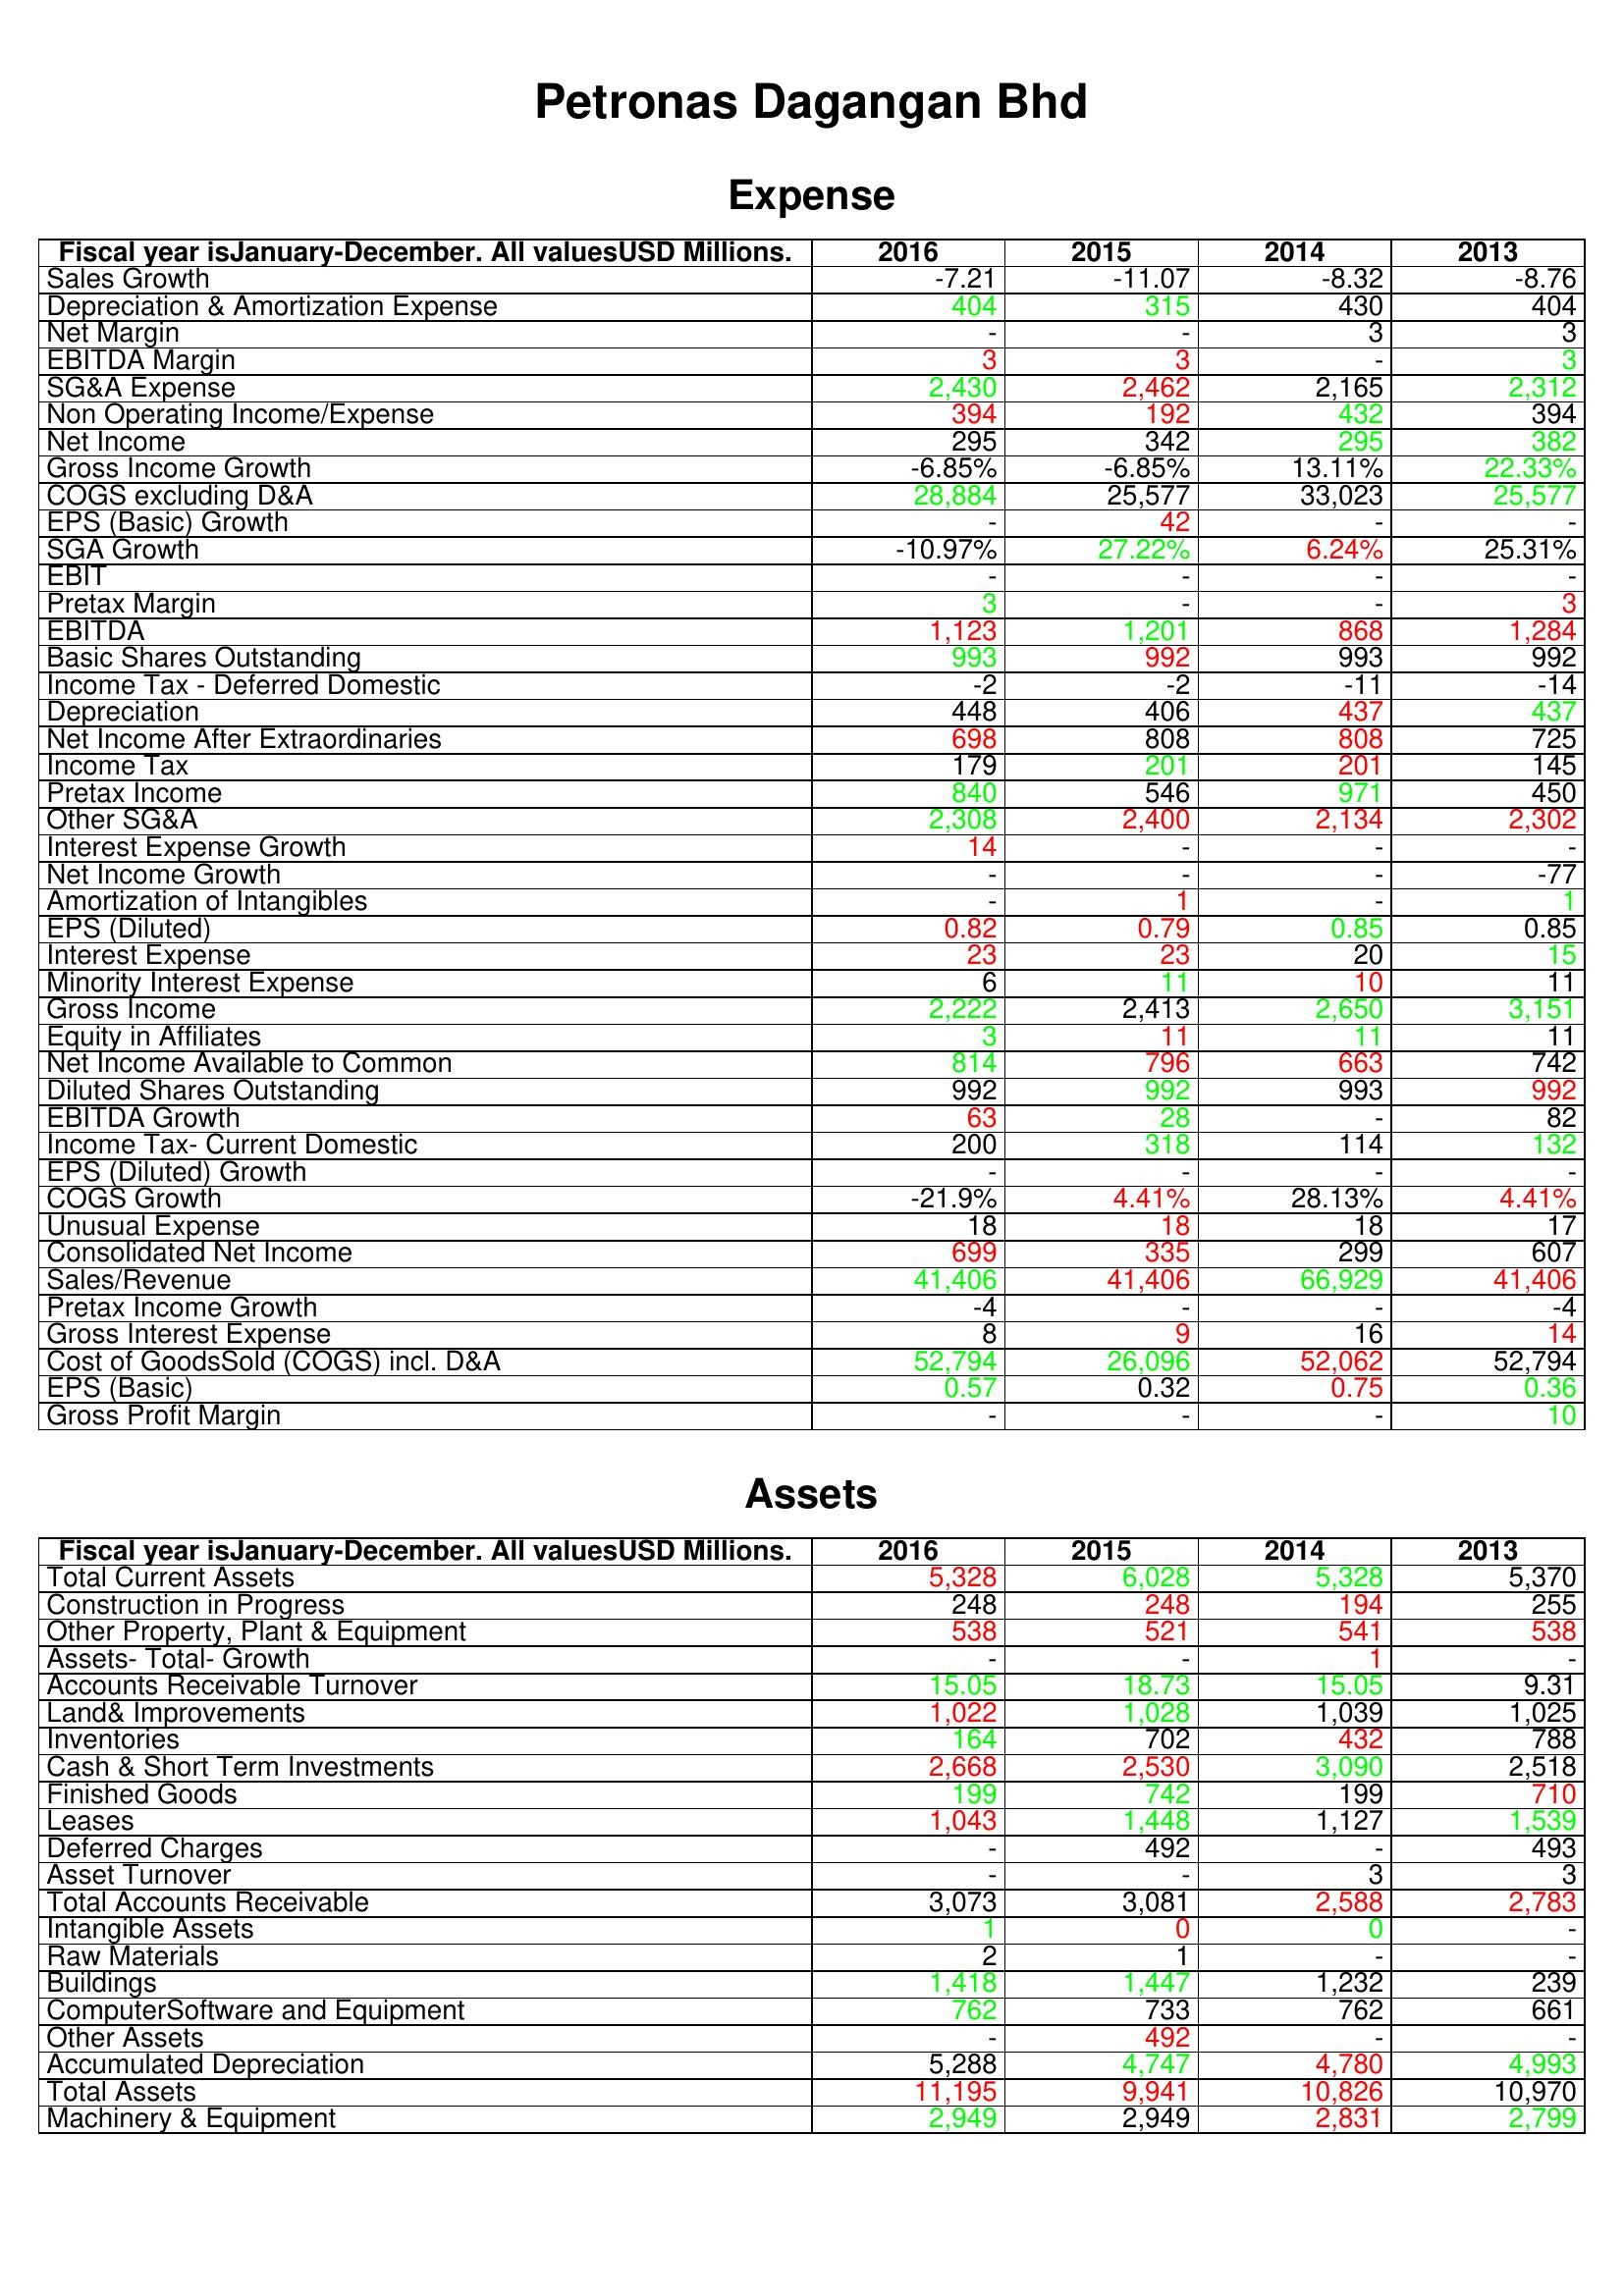
gt_parse: 2016: Expense: Sales Growth: -7.21
Depreciation & Amortization Expense: 404
Net Margin: -
EBITDA Margin: 3
SG&A Expense: 2,430
Non Operating Income/Expense: 394
Net Income: 295
Gross Income Growth: -6.85%
COGS excluding D&A: 28,884
EPS (Basic) Growth: -
SGA Growth: -10.97%
EBIT: -
Pretax Margin: 3
EBITDA: 1,123
Basic Shares Outstanding: 993
Income Tax - Deferred Domestic: -2
Depreciation: 448
Net Income After Extraordinaries: 698
Income Tax: 179
Pretax Income: 840
Other SG&A: 2,308
Interest Expense Growth: 14
Net Income Growth: -
Amortization of Intangibles: -
EPS (Diluted): 0.82
Interest Expense: 23
Minority Interest Expense: 6
Gross Income: 2,222
Equity in Affiliates: 3
Net Income Available to Common: 814
Diluted Shares Outstanding: 992
EBITDA Growth: 63
Income Tax- Current Domestic: 200
EPS (Diluted) Growth: -
COGS Growth: -21.9%
Unusual Expense: 18
Consolidated Net Income: 699
Sales/Revenue: 41,406
Pretax Income Growth: -4
Gross Interest Expense: 8
Cost of GoodsSold (COGS) incl. D&A: 52,794
EPS (Basic): 0.57
Gross Profit Margin: -
Assets: Total Current Assets: 5,328
Construction in Progress: 248
Other Property, Plant & Equipment: 538
Assets- Total- Growth: -
Accounts Receivable Turnover: 15.05
Land& Improvements: 1,022
Inventories: 164
Cash & Short Term Investments: 2,668
Finished Goods: 199
Leases: 1,043
Deferred Charges: -
Asset Turnover: -
Total Accounts Receivable: 3,073
Intangible Assets: 1
Raw Materials: 2
Buildings: 1,418
ComputerSoftware and Equipment: 762
Other Assets: -
Accumulated Depreciation: 5,288
Total Assets: 11,195
Machinery & Equipment: 2,949
2015: Expense: Sales Growth: -11.07
Depreciation & Amortization Expense: 315
Net Margin: -
EBITDA Margin: 3
SG&A Expense: 2,462
Non Operating Income/Expense: 192
Net Income: 342
Gross Income Growth: -6.85%
COGS excluding D&A: 25,577
EPS (Basic) Growth: 42
SGA Growth: 27.22%
EBIT: -
Pretax Margin: -
EBITDA: 1,201
Basic Shares Outstanding: 992
Income Tax - Deferred Domestic: -2
Depreciation: 406
Net Income After Extraordinaries: 808
Income Tax: 201
Pretax Income: 546
Other SG&A: 2,400
Interest Expense Growth: -
Net Income Growth: -
Amortization of Intangibles: 1
EPS (Diluted): 0.79
Interest Expense: 23
Minority Interest Expense: 11
Gross Income: 2,413
Equity in Affiliates: 11
Net Income Available to Common: 796
Diluted Shares Outstanding: 992
EBITDA Growth: 28
Income Tax- Current Domestic: 318
EPS (Diluted) Growth: -
COGS Growth: 4.41%
Unusual Expense: 18
Consolidated Net Income: 335
Sales/Revenue: 41,406
Pretax Income Growth: -
Gross Interest Expense: 9
Cost of GoodsSold (COGS) incl. D&A: 26,096
EPS (Basic): 0.32
Gross Profit Margin: -
Assets: Total Current Assets: 6,028
Construction in Progress: 248
Other Property, Plant & Equipment: 521
Assets- Total- Growth: -
Accounts Receivable Turnover: 18.73
Land& Improvements: 1,028
Inventories: 702
Cash & Short Term Investments: 2,530
Finished Goods: 742
Leases: 1,448
Deferred Charges: 492
Asset Turnover: -
Total Accounts Receivable: 3,081
Intangible Assets: 0
Raw Materials: 1
Buildings: 1,447
ComputerSoftware and Equipment: 733
Other Assets: 492
Accumulated Depreciation: 4,747
Total Assets: 9,941
Machinery & Equipment: 2,949
2014: Expense: Sales Growth: -8.32
Depreciation & Amortization Expense: 430
Net Margin: 3
EBITDA Margin: -
SG&A Expense: 2,165
Non Operating Income/Expense: 432
Net Income: 295
Gross Income Growth: 13.11%
COGS excluding D&A: 33,023
EPS (Basic) Growth: -
SGA Growth: 6.24%
EBIT: -
Pretax Margin: -
EBITDA: 868
Basic Shares Outstanding: 993
Income Tax - Deferred Domestic: -11
Depreciation: 437
Net Income After Extraordinaries: 808
Income Tax: 201
Pretax Income: 971
Other SG&A: 2,134
Interest Expense Growth: -
Net Income Growth: -
Amortization of Intangibles: -
EPS (Diluted): 0.85
Interest Expense: 20
Minority Interest Expense: 10
Gross Income: 2,650
Equity in Affiliates: 11
Net Income Available to Common: 663
Diluted Shares Outstanding: 993
EBITDA Growth: -
Income Tax- Current Domestic: 114
EPS (Diluted) Growth: -
COGS Growth: 28.13%
Unusual Expense: 18
Consolidated Net Income: 299
Sales/Revenue: 66,929
Pretax Income Growth: -
Gross Interest Expense: 16
Cost of GoodsSold (COGS) incl. D&A: 52,062
EPS (Basic): 0.75
Gross Profit Margin: -
Assets: Total Current Assets: 5,328
Construction in Progress: 194
Other Property, Plant & Equipment: 541
Assets- Total- Growth: 1
Accounts Receivable Turnover: 15.05
Land& Improvements: 1,039
Inventories: 432
Cash & Short Term Investments: 3,090
Finished Goods: 199
Leases: 1,127
Deferred Charges: -
Asset Turnover: 3
Total Accounts Receivable: 2,588
Intangible Assets: 0
Raw Materials: -
Buildings: 1,232
ComputerSoftware and Equipment: 762
Other Assets: -
Accumulated Depreciation: 4,780
Total Assets: 10,826
Machinery & Equipment: 2,831
2013: Expense: Sales Growth: -8.76
Depreciation & Amortization Expense: 404
Net Margin: 3
EBITDA Margin: 3
SG&A Expense: 2,312
Non Operating Income/Expense: 394
Net Income: 382
Gross Income Growth: 22.33%
COGS excluding D&A: 25,577
EPS (Basic) Growth: -
SGA Growth: 25.31%
EBIT: -
Pretax Margin: 3
EBITDA: 1,284
Basic Shares Outstanding: 992
Income Tax - Deferred Domestic: -14
Depreciation: 437
Net Income After Extraordinaries: 725
Income Tax: 145
Pretax Income: 450
Other SG&A: 2,302
Interest Expense Growth: -
Net Income Growth: -77
Amortization of Intangibles: 1
EPS (Diluted): 0.85
Interest Expense: 15
Minority Interest Expense: 11
Gross Income: 3,151
Equity in Affiliates: 11
Net Income Available to Common: 742
Diluted Shares Outstanding: 992
EBITDA Growth: 82
Income Tax- Current Domestic: 132
EPS (Diluted) Growth: -
COGS Growth: 4.41%
Unusual Expense: 17
Consolidated Net Income: 607
Sales/Revenue: 41,406
Pretax Income Growth: -4
Gross Interest Expense: 14
Cost of GoodsSold (COGS) incl. D&A: 52,794
EPS (Basic): 0.36
Gross Profit Margin: 10
Assets: Total Current Assets: 5,370
Construction in Progress: 255
Other Property, Plant & Equipment: 538
Assets- Total- Growth: -
Accounts Receivable Turnover: 9.31
Land& Improvements: 1,025
Inventories: 788
Cash & Short Term Investments: 2,518
Finished Goods: 710
Leases: 1,539
Deferred Charges: 493
Asset Turnover: 3
Total Accounts Receivable: 2,783
Intangible Assets: -
Raw Materials: -
Buildings: 239
ComputerSoftware and Equipment: 661
Other Assets: -
Accumulated Depreciation: 4,993
Total Assets: 10,970
Machinery & Equipment: 2,799